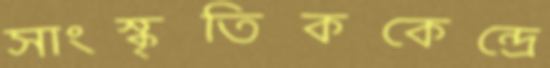
সাংস্কৃতিককেন্দ্রে